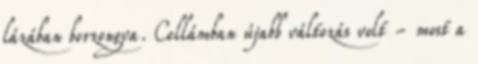
lázában borzongva. Cellámban újabb változás volt - most a